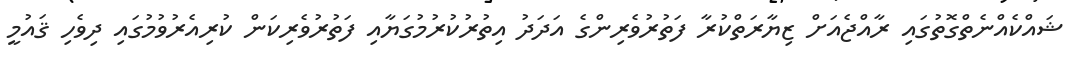
ޝައްކެއްނެތްގޮތުގައި ރާއްޖެއަށް ޒިޔާރަތްކުރާ ފަތުރުވެރިންގެ އަދަދު އިތުރުކުރުމުގަޔާއި ފަތުރުވެރިކަން ކުރިއެރުވުމުގައި ދިވެހި ޤައުމީ